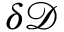
\delta \mathcal { D }